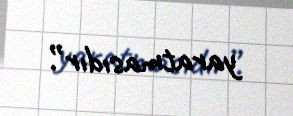
yaratmasıdır”.